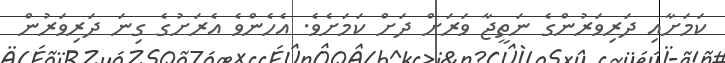
ކަމަށާއި ދަރިވަރުންގެ ނަތީޖާ ވަރަށް ދަށް ކަމަށެެވެ. އެހެންވެ އެރަށުގެ ގިނަ ދަރިވަރުން